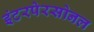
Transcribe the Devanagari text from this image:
इंटरपेरसोनल